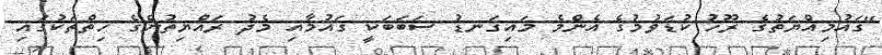
"ގައުމިއްޔަތުގެ ރޫހު ކުޑަވުމުގެ އެންމެ މަައިގަނޑު ސަބަބަކީ ގައުމާއި މެދު ރައްޔިތުންގެ ހިތްތަކުގައި